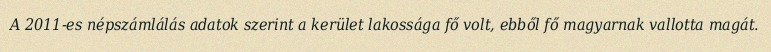
A 2011-es népszámlálás adatok szerint a kerület lakossága fő volt, ebből fő magyarnak vallotta magát.